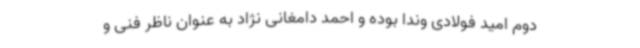
دوم امید فولادی وندا بوده و احمد دامغانی نژاد به عنوان ناظر فنی و